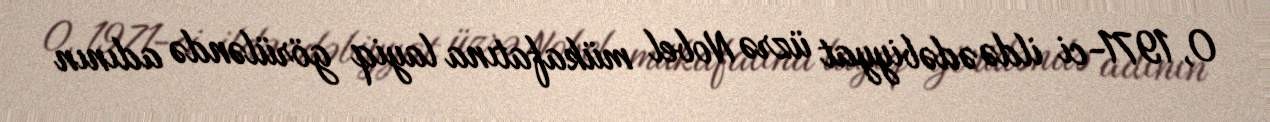
O, 1971-ci ildə ədəbiyyat üzrə Nobel mükafatına layiq görüləndə adının